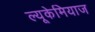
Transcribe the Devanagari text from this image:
ल्यूकेमियाज